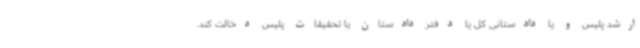
ارشد پلیس و یا دادستانی کل یا دفتر دادستان یا تحقیقات پلیس دخالت کند.